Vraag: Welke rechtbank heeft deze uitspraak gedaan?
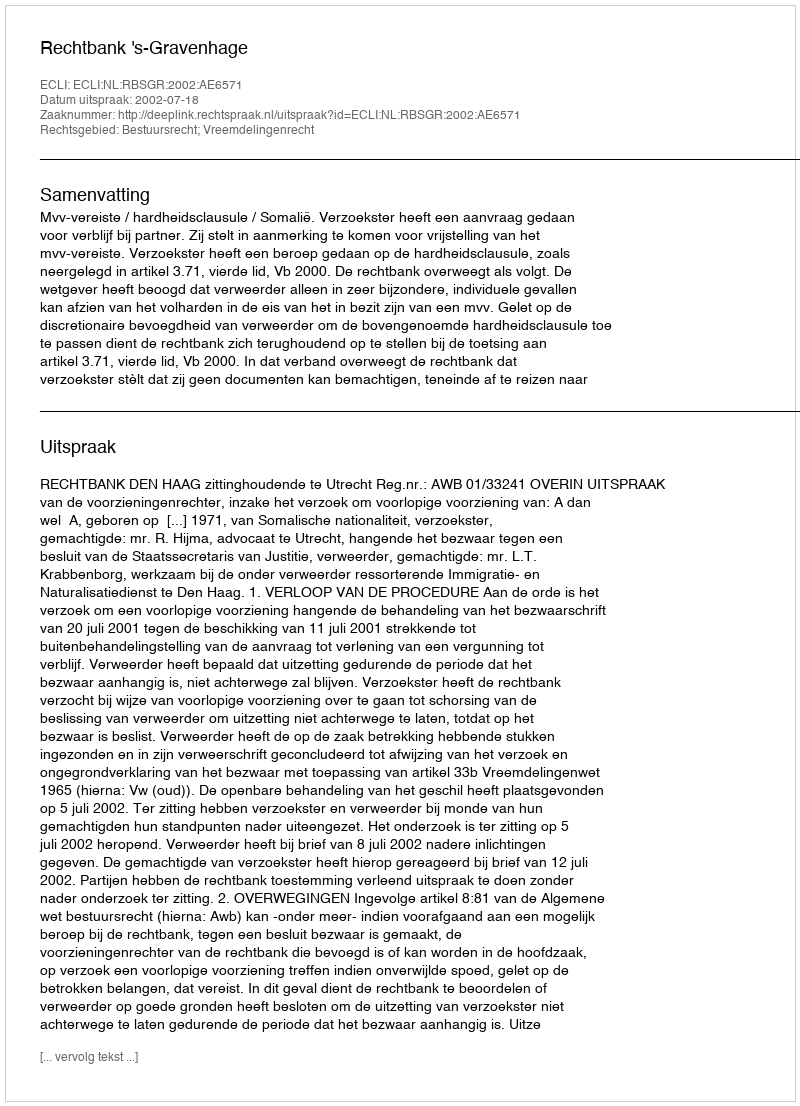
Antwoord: Rechtbank 's-Gravenhage